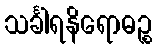
သင်္ခါရနိရောဓဉ္စ